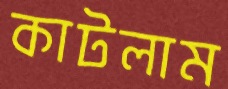
কাটলাম